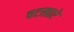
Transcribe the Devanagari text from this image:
चटखारे